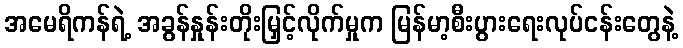
အမေရိကန်ရဲ့ အခွန်နှုန်းတိုးမြှင့်လိုက်မှုက မြန်မာ့စီးပွားရေးလုပ်ငန်းတွေနဲ့